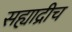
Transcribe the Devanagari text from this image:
सह्याद्रीच